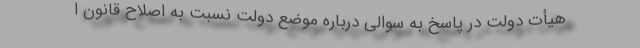
هیأت دولت در پاسخ به سوالی درباره موضع دولت نسبت به اصلاح قانون ا